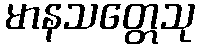
မာနသတ္တေသု